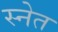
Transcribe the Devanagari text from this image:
स्नेत